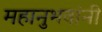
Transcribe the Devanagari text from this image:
महानुभवांनी